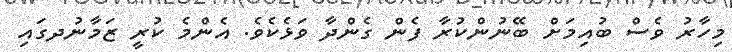
މިހާރު ވެސް ބުއިމަށް ބޭނުންކުރާ ފެން ގެންދާ ވަޅެކެވެ. އެންމެ ކުރީ ޒަމާނުދގައި